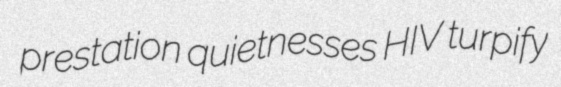
prestation quietnesses HIV turpify